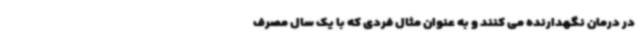
در درمان نگهدارنده می کنند و به عنوان مثال فردی که با یک سال مصرف